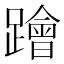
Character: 𨆝